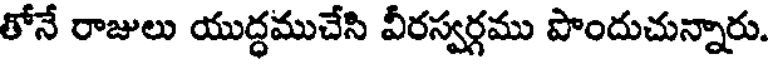
తోనే రాజులు యుద్ధముచేసి వీరస్వర్గము పొందుచున్నారు.